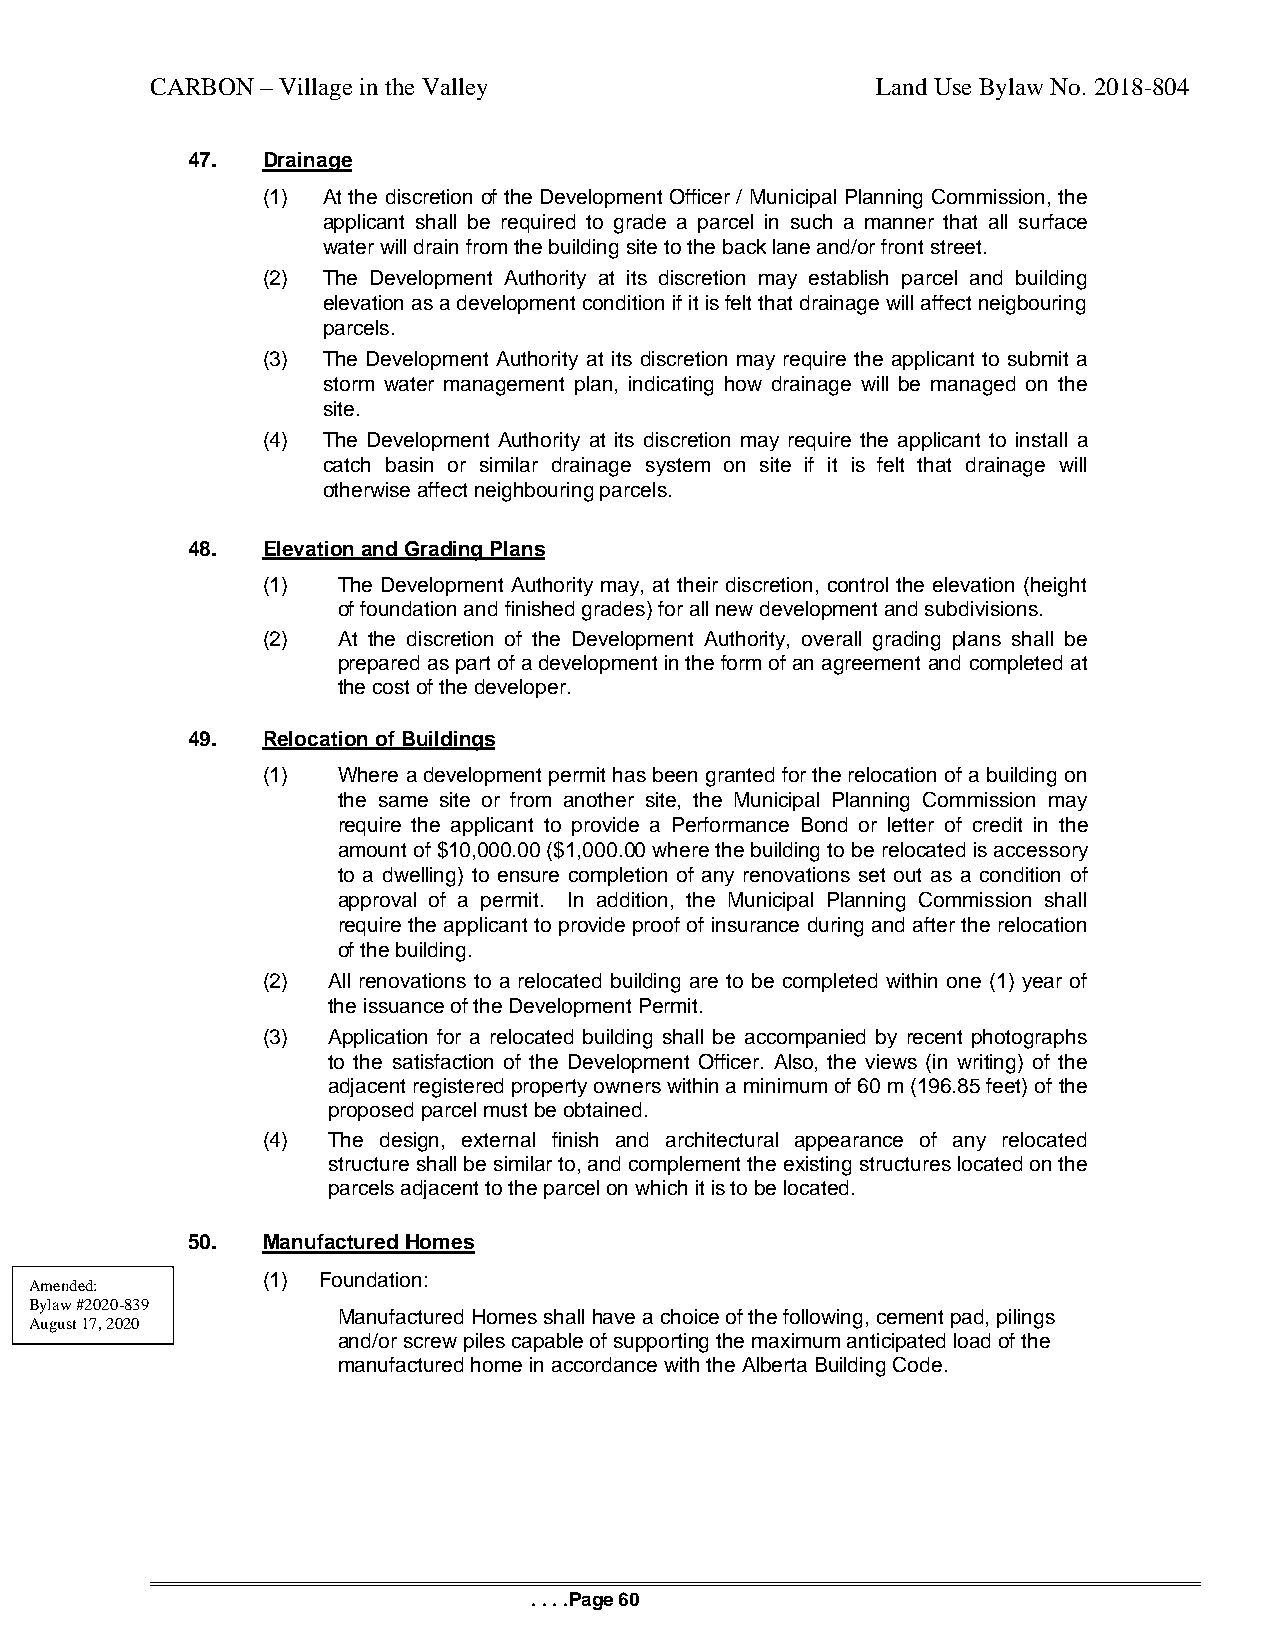
CARBON – Village in the Valley                  Land Use Bylaw No. 2018-804
 47.  Drainage
 (1) At the discretion of the Development Officer / Municipal Planning Commission, the
 applicant shall be required to grade a parcel in such a manner that all surface
 water will drain from the building site to the back lane and/or front street.
 (2) The Development Authority at its discretion may establish parcel and building
 elevation as a development condition if it is felt that drainage will affect neigbouring
 parcels.
 (3) The Development Authority at its discretion may require the applicant to submit a
 storm water management plan, indicating how drainage will be managed on the
 site.
 (4) The Development Authority at its discretion may require the applicant to install a
 catch basin or similar drainage system on site if it is felt that drainage will
 otherwise affect neighbouring parcels.
 48.  Elevation and Grading Plans
 (1)  The Development Authority may, at their discretion, control the elevation (height
 of foundation and finished grades) for all new development and subdivisions.
 (2)  At the discretion of the Development Authority, overall grading plans shall be
 prepared as part of a development in the form of an agreement and completed at
 the cost of the developer.
 49.  Relocation of Buildings
 (1)  Where a development permit has been granted for the relocation of a building on
 the same site or from another site, the Municipal Planning Commission may
 require the applicant to provide a Performance Bond or letter of credit in the
 amount of $10,000.00 ($1,000.00 where the building to be relocated is accessory
 to a dwelling) to ensure completion of any renovations set out as a condition of
 approval of a permit. In addition, the Municipal Planning Commission shall
 require the applicant to provide proof of insurance during and after the relocation
 of the building.
 (2)  All renovations to a relocated building are to be completed within one (1) year of
 the issuance of the Development Permit.
 (3)  Application for a relocated building shall be accompanied by recent photographs
 to the satisfaction of the Development Officer. Also, the views (in writing) of the
 adjacent registered property owners within a minimum of 60 m (196.85 feet) of the
 proposed parcel must be obtained.
 (4)  The design, external finish and architectural appearance of any relocated
 structure shall be similar to, and complement the existing structures located on the
 parcels adjacent to the parcel on which it is to be located.
 50.  Manufactured Homes
 (1) Foundation:
 Amended:
 Bylaw #2020-839
 Manufactured Homes shall have a choice of the following, cement pad, pilings
 August 17, 2020
 and/or screw piles capable of supporting the maximum anticipated load of the
 manufactured home in accordance with the Alberta Building Code.
 . . . .Page 60